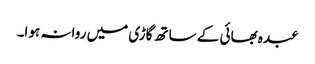
عبدہ بھائی کے ساتھ گاڑی میں روانہ ہوا۔